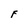
Character: F